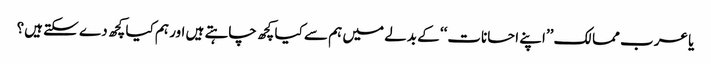
یا عرب ممالک ’’اپنے احسانات‘‘ کے بدلے میں ہم سے کیا کچھ چاہتے ہیں اور ہم کیا کچھ دے سکتے ہیں؟